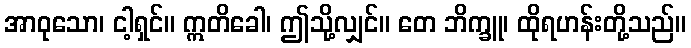
အာဝုသော၊ ငါ့ရှင်။ ဣတိခေါ၊ ဤသို့လျှင်။ တေ ဘိက္ခူ၊ ထိုရဟန်းတို့သည်။